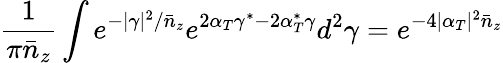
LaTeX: \frac{1}{\pi\bar{n}_{z}}\int e^{-|\gamma|^{2}/\bar{n}_{z}}e^{2\alpha_{T}\gamma^{\ast}-2\alpha_{T}^{\ast}\gamma}d^{2}\gamma=e^{-4|\alpha_{T}|^{2}\bar{n}_{z}}